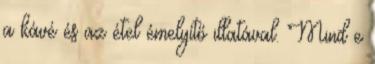
a kávé és az étel émelyítő illatával. Mind e